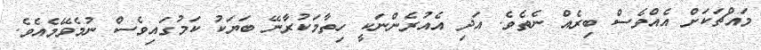
މައްޗަކަށް އެއްވެސް ބިރެއް ނެތެވެ. އަދި އެއުރެންނަކީ ހިތާމަކުރާނޭ ބަޔަކު ކަމުގައިވެސް ނުމެވޭމެއެވެ.